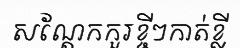
សណ្តែកកួរខ្ចីៗកាត់ខ្លី